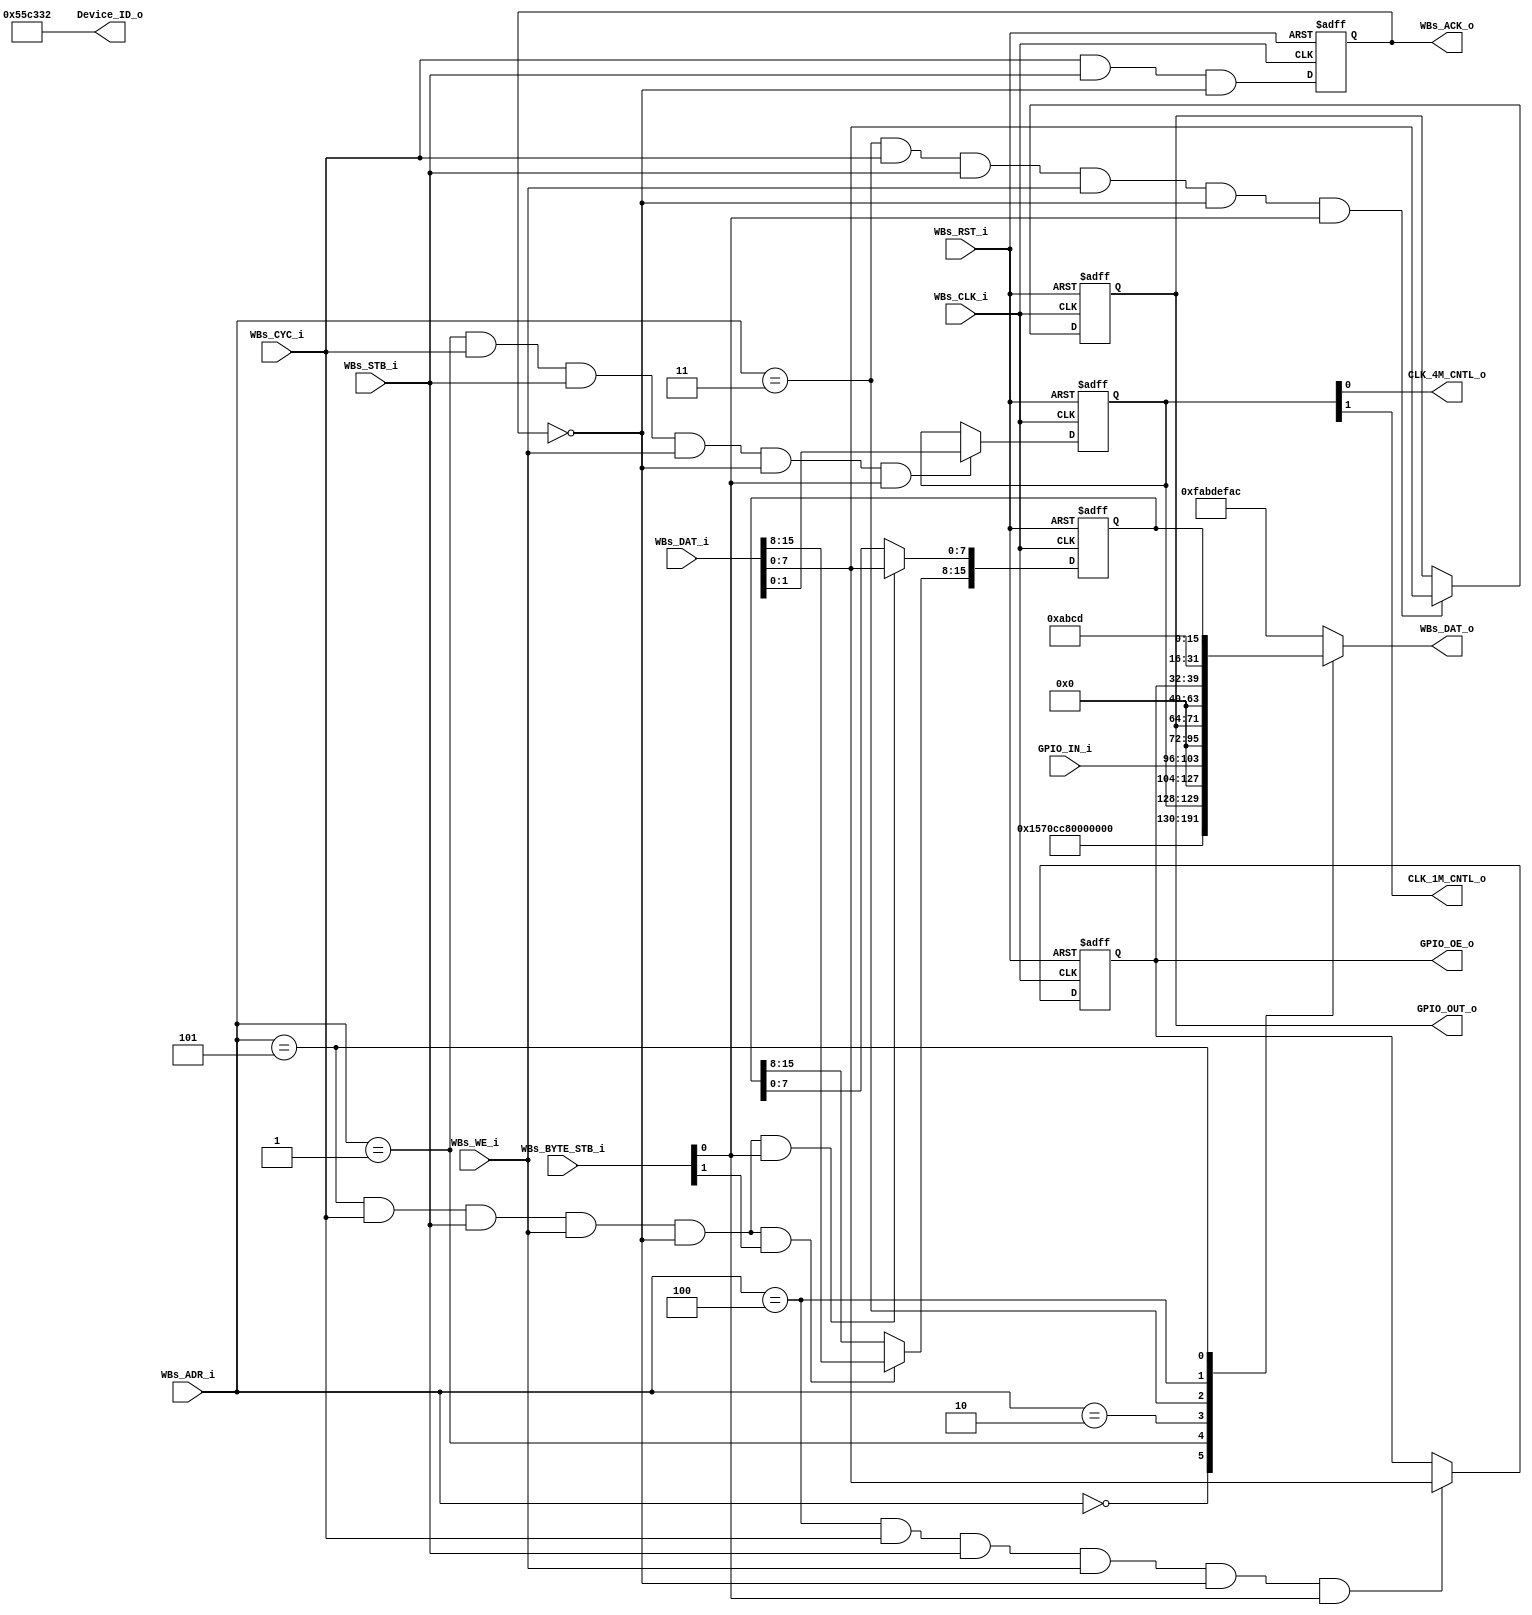
// -----------------------------------------------------------------------------
// title          : AL4S3B Example FPGA Register Module
// project        : Tamar2 Device
// -----------------------------------------------------------------------------
// company        : QuickLogic Corp
// last update    : 2016/02/03
// platform       : ArcticLink 4 S3B
// standard       : Verilog 2001
// -----------------------------------------------------------------------------
// description: The FPGA example IP design contains the essential logic for
//              interfacing the ASSP of the AL4S3B to registers and memory 
//              located in the programmable FPGA.
// -----------------------------------------------------------------------------
// copyright (c) 2016
// -----------------------------------------------------------------------------
// revisions  :
// date            version    author         description
// 2016/02/03      1.0        Glen Gomes     Initial Release
//
// -----------------------------------------------------------------------------
// Comments: This solution is specifically for use with the QuickLogic
//           AL4S3B device. 
// -----------------------------------------------------------------------------
//

`timescale 1ns / 10ps


module AL4S3B_FPGA_Registers ( 

                         // AHB-To_FPGA Bridge I/F
                         //
                         WBs_ADR_i,
                         WBs_CYC_i,
                         WBs_BYTE_STB_i,
                         WBs_WE_i,
                         WBs_STB_i,
                         WBs_DAT_i,
                         WBs_CLK_i,
                         WBs_RST_i,
                         WBs_DAT_o,
                         WBs_ACK_o,

                         //
                         // Misc
                         //
						 CLK_4M_CNTL_o,
						 CLK_1M_CNTL_o,
                         Device_ID_o,
				         GPIO_IN_i,
				         GPIO_OUT_o,
				         GPIO_OE_o

                         );


//------Port Parameters----------------
//

parameter                ADDRWIDTH                   =   7  ;   // Allow for up to 128 registers in the FPGA
parameter                DATAWIDTH                   =  32  ;   // Allow for up to 128 registers in the FPGA

parameter                FPGA_REG_ID_VALUE_ADR     =  7'h0; 
parameter                FPGA_CLOCK_CONTROL_ADR    =  7'h1; 
parameter                FPGA_GPIO_IN_REG_ADR      =  7'h2; 
parameter                FPGA_GPIO_OUT_REG_ADR     =  7'h3; 
parameter                FPGA_GPIO_OE_REG_ADR      =  7'h4; 
parameter                FPGA_REG_SCRATCH_REG_ADR  =  7'h5; 

parameter                AL4S3B_DEVICE_ID            = 16'h0;
parameter                AL4S3B_REV_LEVEL            = 32'h0;
parameter                AL4S3B_GPIO_REG             = 8'h0;
parameter                AL4S3B_GPIO_OE_REG          = 8'h0;
parameter                AL4S3B_SCRATCH_REG          = 32'h12345678  ;

parameter                AL4S3B_DEF_REG_VALUE        = 32'hFAB_DEF_AC;


//------Port Signals-------------------
//

// AHB-To_FPGA Bridge I/F
//
input   [ADDRWIDTH-1:0]  WBs_ADR_i     ;  // Address Bus                to   FPGA
input                    WBs_CYC_i     ;  // Cycle Chip Select          to   FPGA
input             [3:0]  WBs_BYTE_STB_i;  // Byte Select                to   FPGA
input                    WBs_WE_i      ;  // Write Enable               to   FPGA
input                    WBs_STB_i     ;  // Strobe Signal              to   FPGA
input   [DATAWIDTH-1:0]  WBs_DAT_i     ;  // Write Data Bus             to   FPGA
input                    WBs_CLK_i     ;  // FPGA Clock               from FPGA
input                    WBs_RST_i     ;  // FPGA Reset               to   FPGA
output  [DATAWIDTH-1:0]  WBs_DAT_o     ;  // Read Data Bus              from FPGA
output                   WBs_ACK_o     ;  // Transfer Cycle Acknowledge from FPGA

//
// Misc
//
output           [23:0]  Device_ID_o   ;

output 					 CLK_4M_CNTL_o;
output 					 CLK_1M_CNTL_o;

// GPIO
//
input            [7:0]  GPIO_IN_i     ;
output           [7:0]  GPIO_OUT_o    ;
output           [7:0]  GPIO_OE_o     ;


// FPGA Global Signals
//
wire                     WBs_CLK_i     ;  // Wishbone FPGA Clock
wire                     WBs_RST_i     ;  // Wishbone FPGA Reset

// Wishbone Bus Signals
//
wire    [ADDRWIDTH-1:0]  WBs_ADR_i     ;  // Wishbone Address Bus
wire                     WBs_CYC_i     ;  // Wishbone Client Cycle  Strobe (i.e. Chip Select)
wire              [3:0]  WBs_BYTE_STB_i;  // Wishbone Byte   Enables
wire                     WBs_WE_i      ;  // Wishbone Write  Enable Strobe
wire                     WBs_STB_i     ;  // Wishbone Transfer      Strobe
wire    [DATAWIDTH-1:0]  WBs_DAT_i     ;  // Wishbone Write  Data Bus
 
reg     [DATAWIDTH-1:0]  WBs_DAT_o     ;  // Wishbone Read   Data Bus

reg                      WBs_ACK_o     ;  // Wishbone Client Acknowledge

// Misc
//
//reg               [15:0]  Device_ID_o   ;
wire              [23:0]  Device_ID_o   ;

// GPIO
//
wire             [7:0]  GPIO_IN_i     ;
reg              [7:0]  GPIO_OUT_o    ;
reg              [7:0]  GPIO_OE_o     ;

reg				 [1:0]  Clk_Cntrl;

reg				 [15:0] scratch_reg;


//------Define Parameters--------------
//

//
// None at this time
//

//------Internal Signals---------------
//
//wire                     FB_Dev_ID_Wr_Dcd      ;
wire                     FB_Clk_Cntl_Wr_Dcd   ;
wire                     FB_GPIO_Reg_Wr_Dcd    ;
wire                     FB_GPIO_OE_Reg_Wr_Dcd ;
wire                     FB_Scratch_Reg_Wr_Dcd ;


//------Logic Operations---------------
//
assign CLK_4M_CNTL_o = Clk_Cntrl[0] ;
assign CLK_1M_CNTL_o = Clk_Cntrl[1] ;


// Define the FPGA's local register write enables
//
//assign FB_Dev_ID_Wr_Dcd       = ( WBs_ADR_i == FPGA_REG_ID_VALUE_ADR    ) & WBs_CYC_i & WBs_STB_i & WBs_WE_i   & (~WBs_ACK_o);
assign FB_Clk_Cntl_Wr_Dcd    = ( WBs_ADR_i == FPGA_CLOCK_CONTROL_ADR  ) & WBs_CYC_i & WBs_STB_i & WBs_WE_i   & (~WBs_ACK_o);
assign FB_GPIO_Reg_Wr_Dcd     = ( WBs_ADR_i == FPGA_GPIO_OUT_REG_ADR    ) & WBs_CYC_i & WBs_STB_i & WBs_WE_i   & (~WBs_ACK_o);
assign FB_GPIO_OE_Reg_Wr_Dcd  = ( WBs_ADR_i == FPGA_GPIO_OE_REG_ADR     ) & WBs_CYC_i & WBs_STB_i & WBs_WE_i   & (~WBs_ACK_o);
assign FB_Scratch_Reg_Wr_Dcd  = ( WBs_ADR_i == FPGA_REG_SCRATCH_REG_ADR ) & WBs_CYC_i & WBs_STB_i & WBs_WE_i   & (~WBs_ACK_o);


// Define the Acknowledge back to the host for registers
//
assign WBs_ACK_o_nxt          =   WBs_CYC_i & WBs_STB_i & (~WBs_ACK_o);


// Define the FPGA's Local Registers
//
always @( posedge WBs_CLK_i or posedge WBs_RST_i)
begin
    if (WBs_RST_i)
    begin
		Clk_Cntrl    	  <= 2'b11    ;
        GPIO_OUT_o        <= AL4S3B_GPIO_REG     ;
        GPIO_OE_o         <= AL4S3B_GPIO_OE_REG  ;
        WBs_ACK_o         <=  1'b0               ;
		scratch_reg       <=  16'h1234           ;
    end  
    else
    begin

        if(FB_Clk_Cntl_Wr_Dcd   && WBs_BYTE_STB_i[0])
			Clk_Cntrl[1:0]     <= WBs_DAT_i[1:0]  ;

        // Define the GPIO Register 
        //
        if(FB_GPIO_Reg_Wr_Dcd    && WBs_BYTE_STB_i[0])
			GPIO_OUT_o[7:0]         <= WBs_DAT_i[7:0]  ;

        // Define the GPIO Control Register 
        //
        if(FB_GPIO_OE_Reg_Wr_Dcd && WBs_BYTE_STB_i[0])
			GPIO_OE_o[7:0]          <= WBs_DAT_i[7:0]  ;
			
        if(FB_Scratch_Reg_Wr_Dcd && WBs_BYTE_STB_i[0])
			scratch_reg[7:0]        <= WBs_DAT_i[7:0]  ;
		
        if(FB_Scratch_Reg_Wr_Dcd && WBs_BYTE_STB_i[1])
			scratch_reg[15:8]       <= WBs_DAT_i[15:8]  ;

        WBs_ACK_o                   <=  WBs_ACK_o_nxt  ;
    end  
end

assign Device_ID_o = 24'h55C332; 
// Define the how to read the local registers and memory
//
always @(
         WBs_ADR_i        or
         Device_ID_o      or
         Clk_Cntrl		  or
         GPIO_IN_i        or
         GPIO_OUT_o       or
         GPIO_OE_o        or        
         scratch_reg
 )
 begin
    case(WBs_ADR_i[ADDRWIDTH-1:0])
    FPGA_REG_ID_VALUE_ADR     : WBs_DAT_o <= { 8'h0, Device_ID_o        };
    FPGA_CLOCK_CONTROL_ADR    : WBs_DAT_o <= { 30'h0, Clk_Cntrl		    };
    FPGA_GPIO_IN_REG_ADR      : WBs_DAT_o <= { 24'h0, GPIO_IN_i         };
    FPGA_GPIO_OUT_REG_ADR     : WBs_DAT_o <= { 24'h0, GPIO_OUT_o        };
    FPGA_GPIO_OE_REG_ADR      : WBs_DAT_o <= { 24'h0, GPIO_OE_o         };
    FPGA_REG_SCRATCH_REG_ADR  : WBs_DAT_o <= { 16'habcd, scratch_reg    };
	default                     : WBs_DAT_o <=          AL4S3B_DEF_REG_VALUE ;
	endcase
end


//------Instantiate Modules------------
//

//
// None Currently
//

endmodule